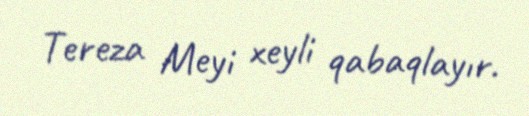
Tereza Meyi xeyli qabaqlayır.